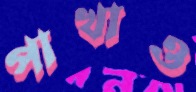
পাখাও